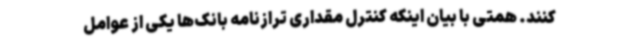
کنند. همتی با بیان اینکه کنترل مقداری ترازنامه بانک‌ها یکی از عوامل